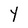
Character: Y